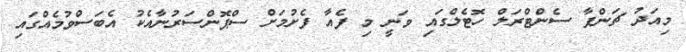
މިއަދު ޗަންޕާ ސެންޓްރަލް ހޮޓެލްގައި ވަނީ މި ފެއާ ފެށުމަށް ސްޕޮންސަރުނާއެކު އެބަސްވުމެއްގައި